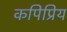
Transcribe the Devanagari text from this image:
कपिप्रिय